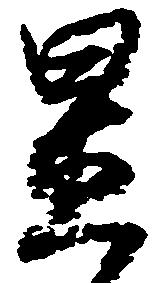
置